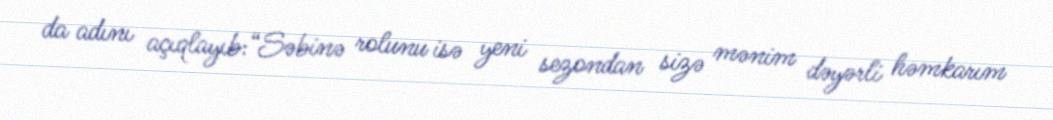
da adını açıqlayıb:“Səbinə rolunu isə yeni sezondan sizə mənim dəyərli həmkarım